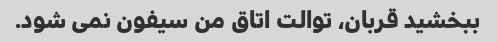
ببخشید قربان، توالت اتاق من سیفون نمی شود.